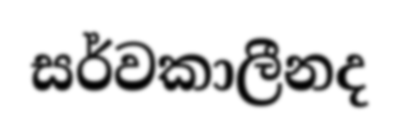
සර්වකාලීනද